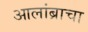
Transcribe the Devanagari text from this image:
आलांब्राचा